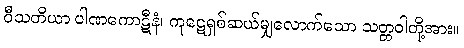
ဝီသတိယာ ပါဏကောဋီနံ၊ ကုဋေရှစ်ဆယ်မျှလောက်သော သတ္တဝါတို့အား။